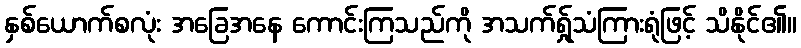
နှစ်ယောက်စလုံး အခြေအနေ ကောင်းကြသည်ကို အသက်ရ်ှုသံကြားရုံဖြင့် သိနိုင်၏။